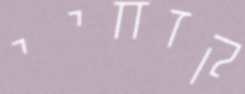
קזחיי